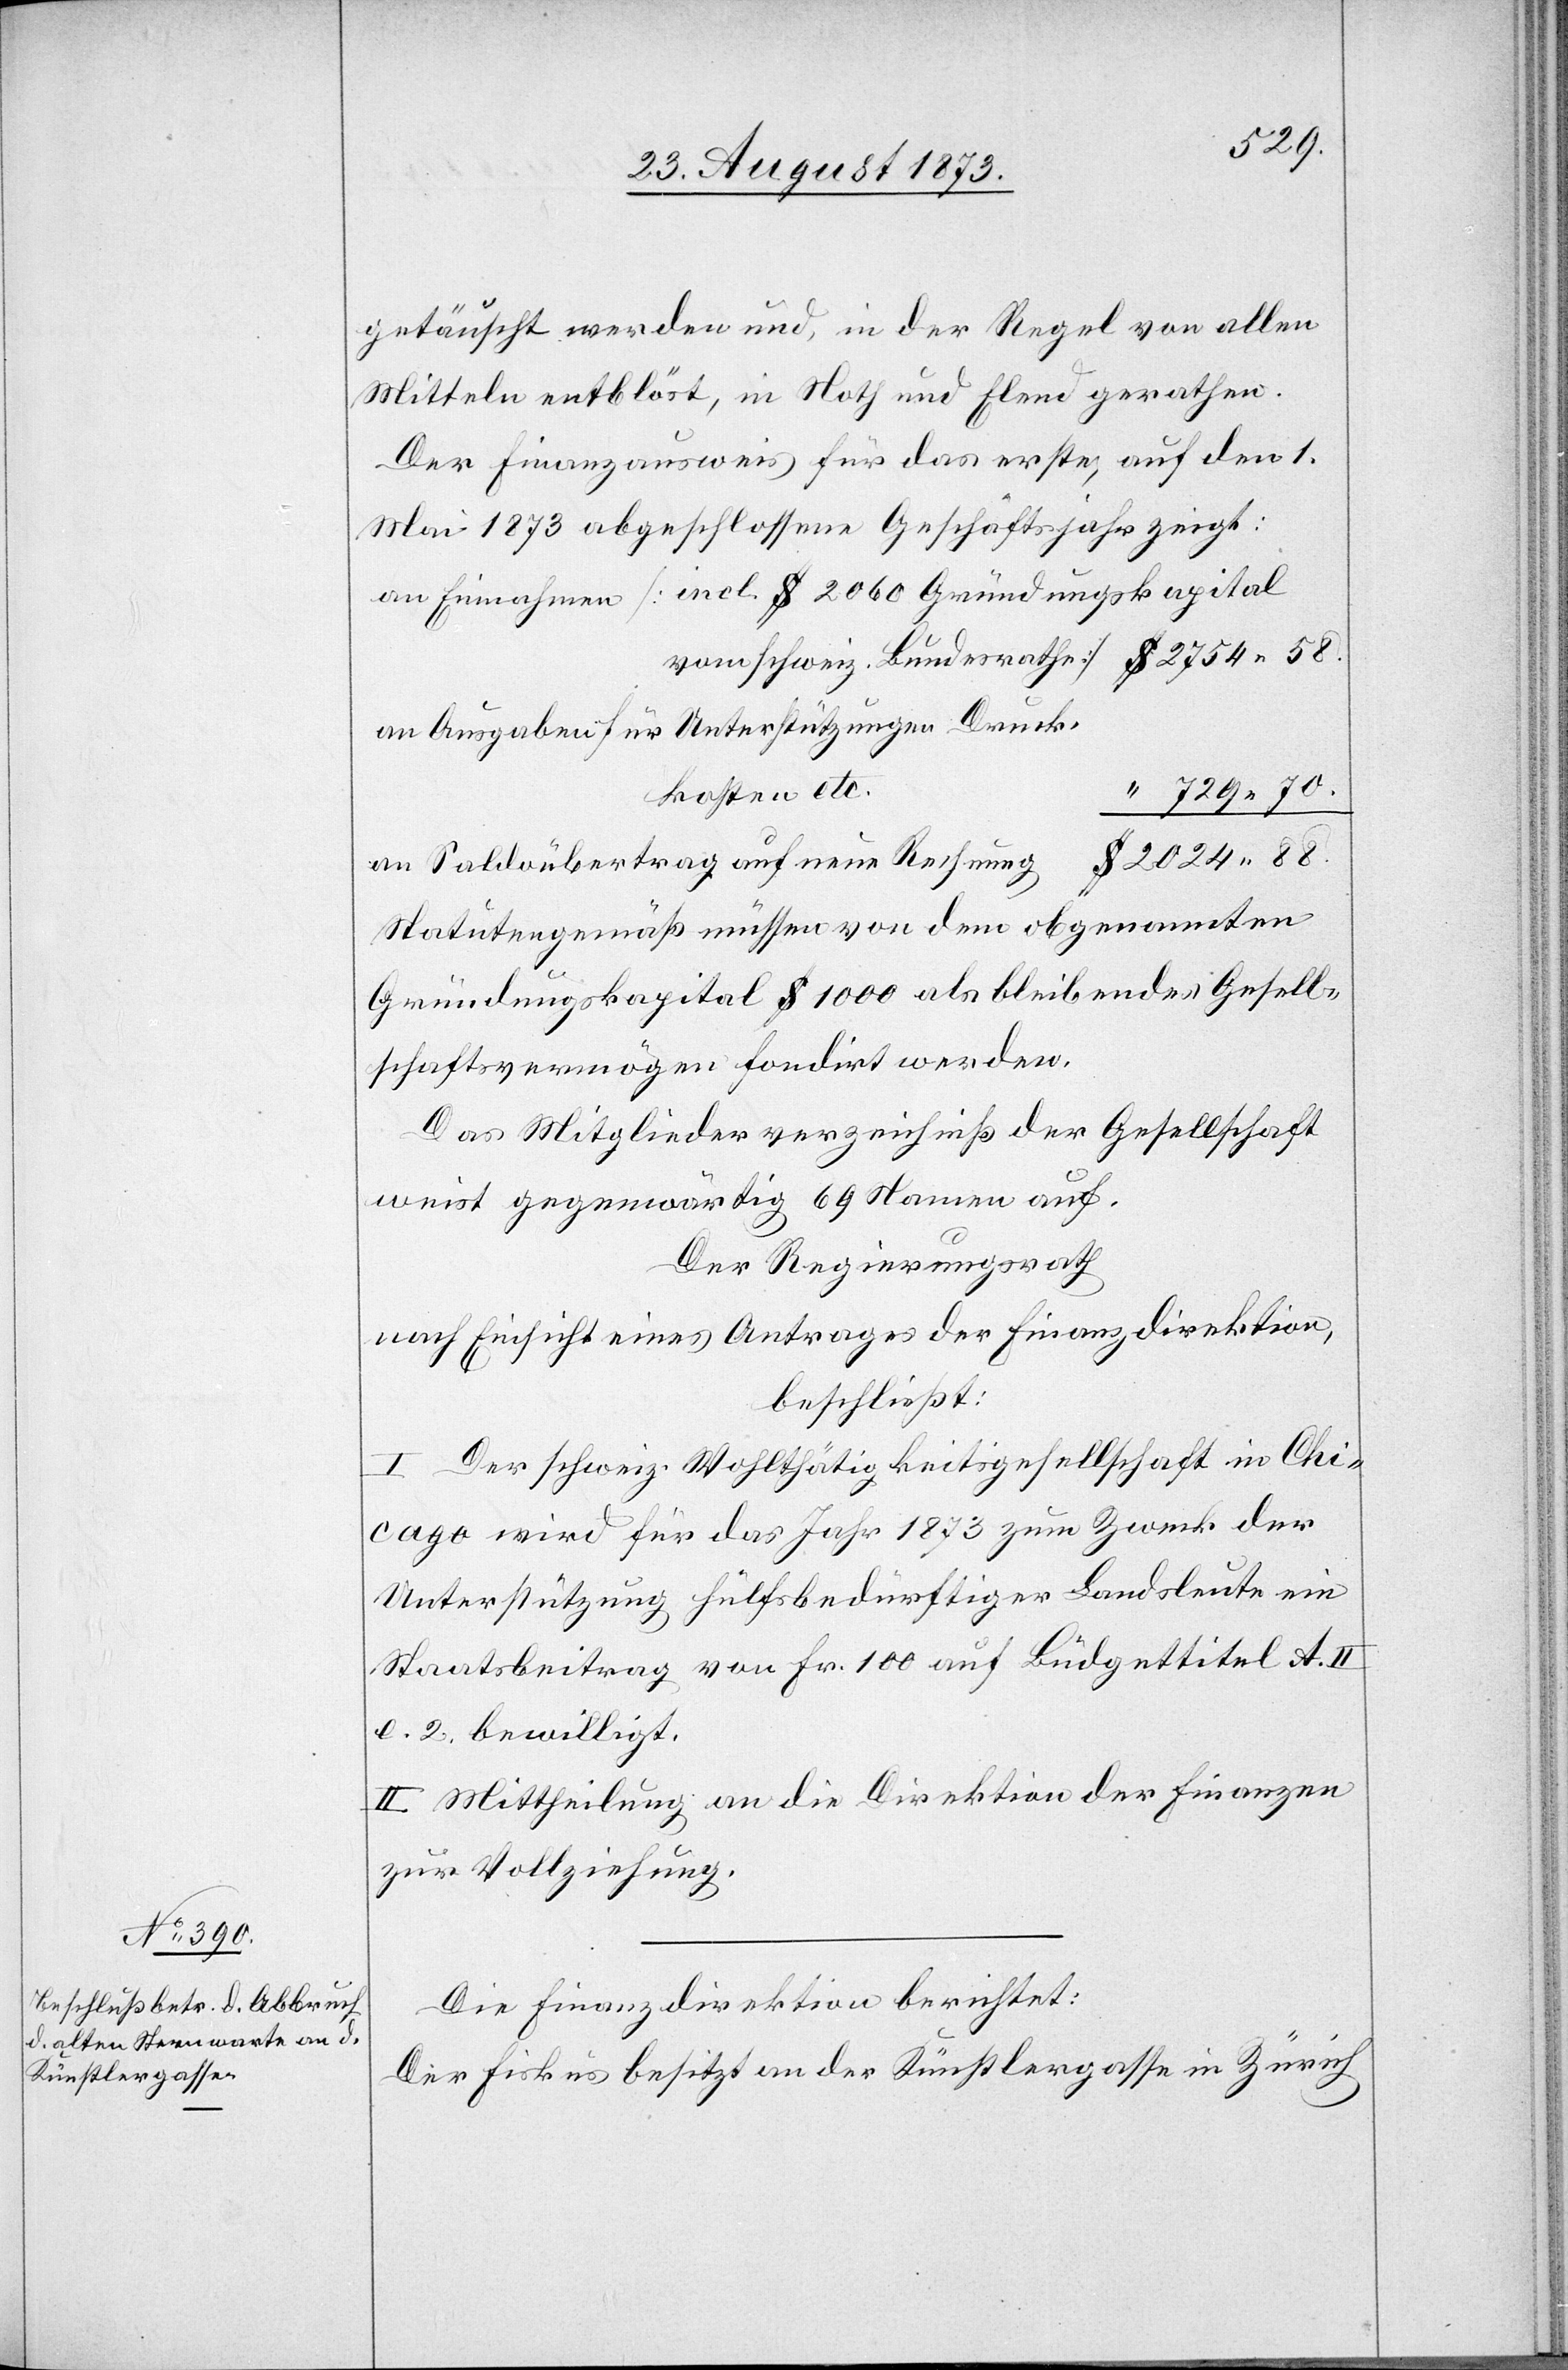
getäuscht werden und, in der Regel von allen
Mitteln entblöst, in Noth und Elend gerathen.
Der Finanzausweis für das erste, auf den 1.
Mai 1873 abgeschlossene Geschäftsjahr zeigt:
an Einnahmen [incl. $ 2 060 Gründungskapital
an Ausgaben für Unterstützungen Druck¬
kosten etc.
729 88.
2 024 88.
an Saldoübertrag auf neue Rechnung
Statutengemäß müssen von dem obgenannten
Gründungskapital $ 1 000 als bleibendes Gesell¬
schaftsvermögen fondirt werden.
Das Mitgliederverzeichniß der Gesellschaft
weist gegenwärtig 69 Namen auf.
Der Regierungsrath
nach Einsicht eines Antrages der Finanzdirektion,
beschließt:
I. Der schweiz. Wohlthätigkeitsgesellschaft in Chi¬
cago wird für das Jahr 1873 zum Zweck der
Unterstützung hülfsbedürftiger Landsleute ein
Staatsbeitrag von Fr. 100 auf Büdgettitel A. II
e. 2. bewilligt.
II. Mittheilung an die Direktion der Finanzen
zur Vollziehung.
Die Finanzdirektion berichtet:
Der Fiskus besitzt an der Künstlergasse in Zürich